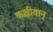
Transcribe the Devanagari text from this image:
कक्षीवान्